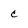
Character: c